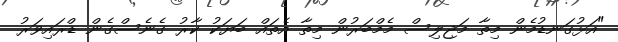
"އަޅުގަނޑުމެން މިތާ މަޖިލިސް މެމްބަރުން މިތާ އެތައް ބަޔަކު ކާރު ގެނެސްގެން ޑްރައިވަރު